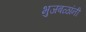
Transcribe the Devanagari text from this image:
भुजबळांनी